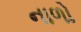
નાળો